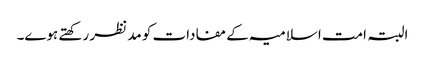
البتہ امت اسلامیہ کے مفادات کو مد نظر رکھتے ہوے۔